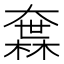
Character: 𡙻